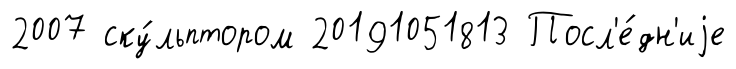
2007 ску́льптором 20191051813 Посл'е́дн'иjе